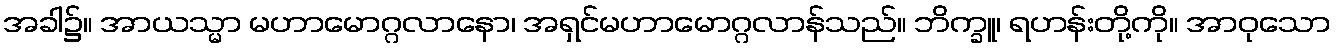
အခါ၌။ အာယသ္မာ မဟာမောဂ္ဂလာနော၊ အရှင်မဟာမောဂ္ဂလာန်သည်။ ဘိက္ခူ၊ ရဟန်းတို့ကို။ အာဝုသော